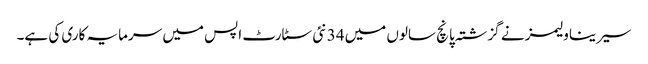
سیرینا ولیمز نے گزشتہ پانچ سالوں میں 34 نئی سٹارٹ اپس میں سرمایہ کاری کی ہے۔